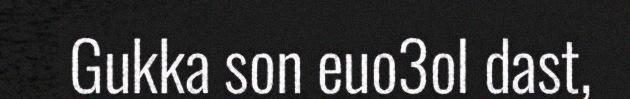
Gukka son euo3ol dast,